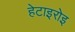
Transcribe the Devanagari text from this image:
हेटाइरोइ